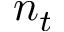
n _ { t }